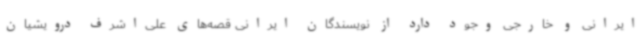
ایرانی و خارجی وجود دارد از نویسندگان ایرانی قصه‌های علی‌اشرف درویشیان